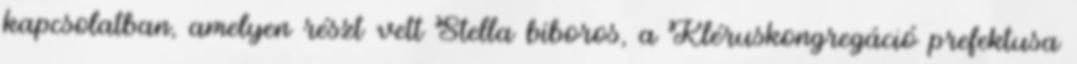
kapcsolatban, amelyen részt vett Stella bíboros, a Kléruskongregáció prefektusa